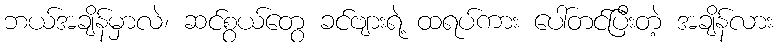
ဘယ်အချိန်မှာလဲ၊ ဆင်စွယ်တွေ ခင်ဗျားရဲ့ ထရပ်ကား ပေါ်တင်ပြီးတဲ့ အချိန်လား